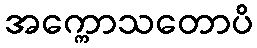
အက္ကောသတောပိ